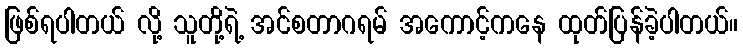
ဖြစ်ရပါတယ် လို့ သူတို့ရဲ့ အင်စတာဂရမ် အကောင့်ကနေ ထုတ်ပြန်ခဲ့ပါတယ်။